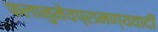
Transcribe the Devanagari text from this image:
फलानुमेयप्रामण्यवादी